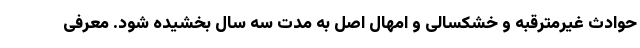
حوادث غیرمترقبه و خشکسالی و امهال اصل به مدت سه سال بخشیده شود. معرفی